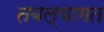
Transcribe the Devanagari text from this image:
तबल्यागत